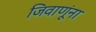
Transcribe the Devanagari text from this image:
जिवाणूंना